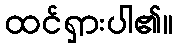
ထင်ရှားပါ၏။